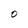
Character: O